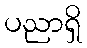
ပညာရှိ